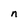
Character: n